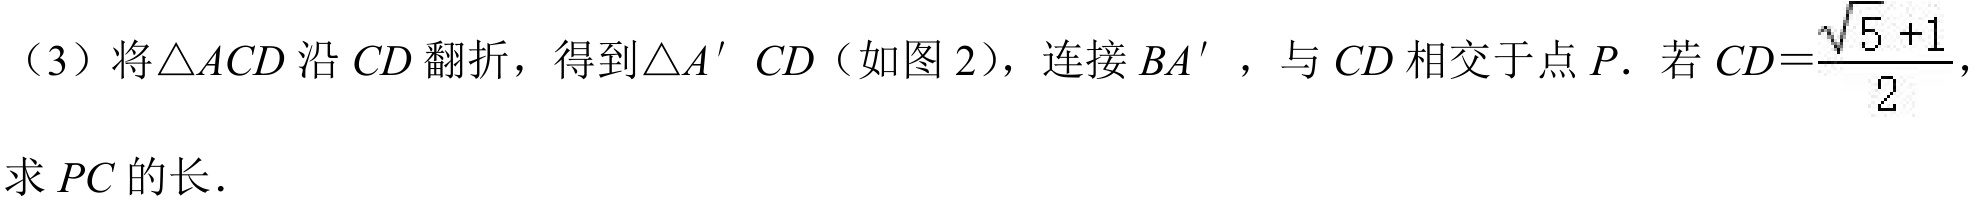
（3）将\(\triangle ACD\)沿\(CD\)翻折，得到\(\triangle A^{\prime}CD\)（如图 2），连接\(BA^{\prime}\)，与\(CD\)相交于点\(P\). 若\(CD = \frac{\sqrt{5} + 1}{2}\)，求\(PC\)的长.